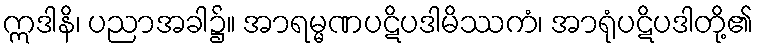
ဣဒါနိ၊ ပညာအခါ၌။ အာရမ္မဏပဋိပဒါမိဿကံ၊ အာရုံပဋိပဒါတို့၏